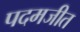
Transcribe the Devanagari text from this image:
पदमजीत